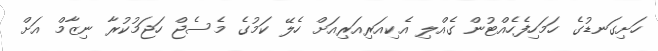
ހަށިގަނޑުގެ ހަމަހިފެހެއްޓުން ގެއްލި އެކިއަރިއަރިއަށް ހެލޭ ކަމުގެ މެސެޖް ހަޖަމުކުރާ ނިޒާމް އަށް